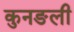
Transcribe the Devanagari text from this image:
कुनङली